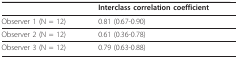
<table><thead><tr><td></td><td><b>Interclass correlation coefficient</b></td></tr></thead><tbody><tr><td>Observer 1 (N = 12)</td><td>0.81 (0.67-0.90)</td></tr><tr><td>Observer 2 (N = 12)</td><td>0.61 (0.36-0.78)</td></tr><tr><td>Observer 3 (N = 12)</td><td>0.79 (0.63-0.88)</td></tr></tbody></table>